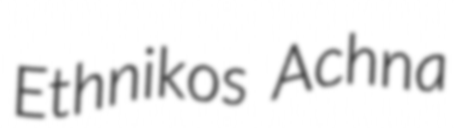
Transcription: Ethnikos Achna